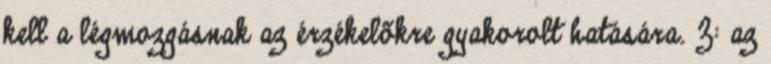
kell a légmozgásnak az érzékelõkre gyakorolt hatására. Z: az